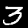
Label: 3